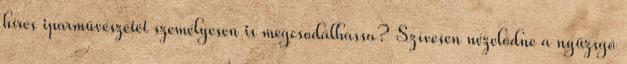
híres iparművészetét személyesen is megcsodálhassa? Szívesen nézelődne a nyüzsgő